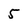
Character: 5